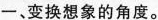
一、变换想象的角度。